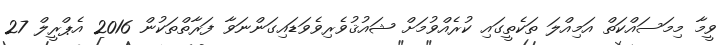
ވީމާ މިމަސައްކަތް އަމިއްލަ ތަކެތީގައި ކުރެއްވުމަށް ޝައުޤުވެރިވެވަޑައިގަންނަވާ ފަރާތްތަކުން 2016 އެޕްރީލް 27